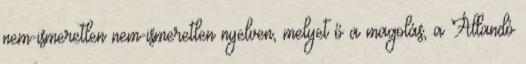
nem-ismeretlen nem-ismeretlen nyelven, melyet ő a magolás, a Állandó